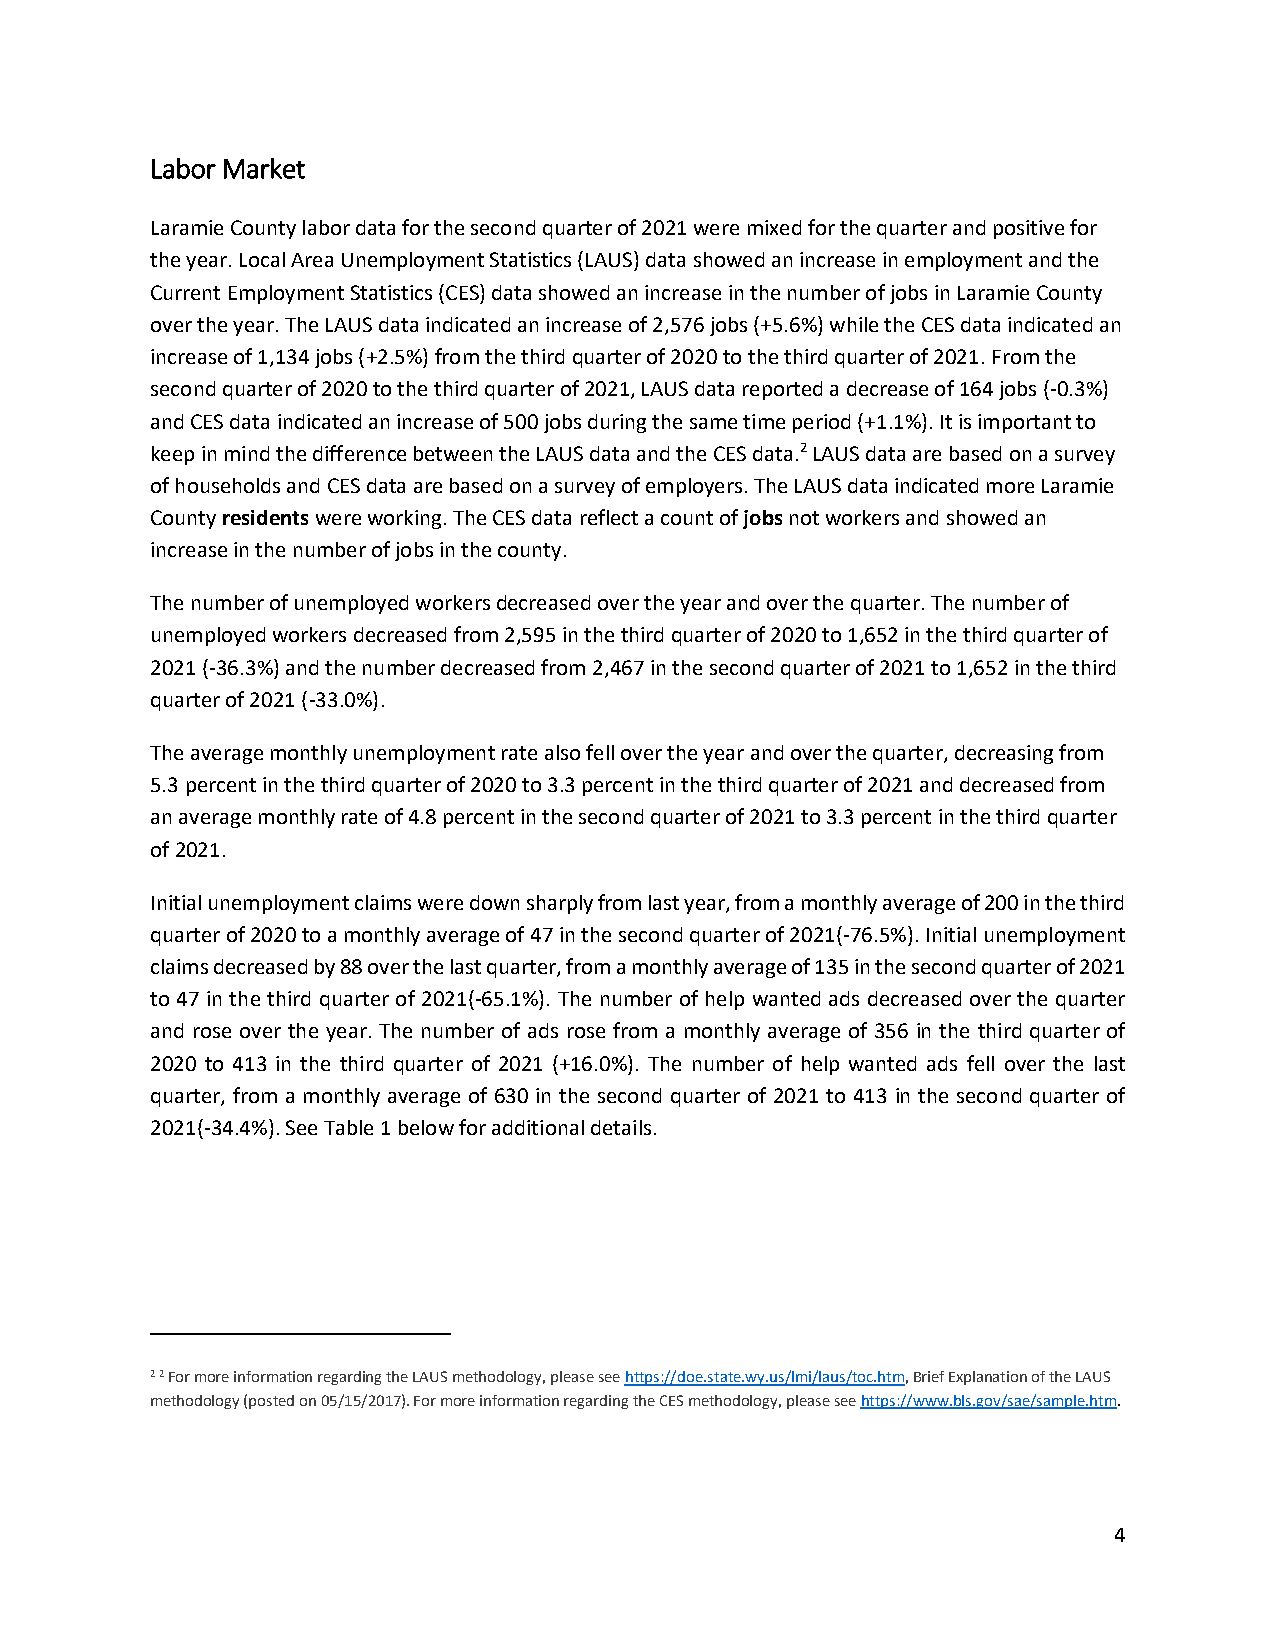
Labor Market
 Laramie County labor data for the second quarter of 2021 were mixed for the quarter and positive for
 the year. Local Area Unemployment Statistics (LAUS) data showed an increase in employment and the
 Current Employment Statistics (CES) data showed an increase in the number of jobs in Laramie County
 over the year. The LAUS data indicated an increase of 2,576 jobs (+5.6%) while the CES data indicated an
 increase of 1,134 jobs (+2.5%) from the third quarter of 2020 to the third quarter of 2021. From the
 second quarter of 2020 to the third quarter of 2021, LAUS data reported a decrease of 164 jobs (-0.3%)
 and CES data indicated an increase of 500 jobs during the same time period (+1.1%). It is important to
 keep in mind the difference between the LAUS data and the CES data.2 LAUS data are based on a survey
 of households and CES data are based on a survey of employers. The LAUS data indicated more Laramie
 County residents were working. The CES data reflect a count of jobs not workers and showed an
 increase in the number of jobs in the county.
 The number of unemployed workers decreased over the year and over the quarter. The number of
 unemployed workers decreased from 2,595 in the third quarter of 2020 to 1,652 in the third quarter of
 2021 (-36.3%) and the number decreased from 2,467 in the second quarter of 2021 to 1,652 in the third
 quarter of 2021 (-33.0%).
 The average monthly unemployment rate also fell over the year and over the quarter, decreasing from
 5.3 percent in the third quarter of 2020 to 3.3 percent in the third quarter of 2021 and decreased from
 an average monthly rate of 4.8 percent in the second quarter of 2021 to 3.3 percent in the third quarter
 of 2021.
 Initial unemployment claims were down sharply from last year, from a monthly average of 200 in the third
 quarter of 2020 to a monthly average of 47 in the second quarter of 2021(-76.5%). Initial unemployment
 claims decreased by 88 over the last quarter, from a monthly average of 135 in the second quarter of 2021
 to 47 in the third quarter of 2021(-65.1%). The number of help wanted ads decreased over the quarter
 and rose over the year. The number of ads rose from a monthly average of 356 in the third quarter of
 2020 to 413 in the third quarter of 2021 (+16.0%). The number of help wanted ads fell over the last
 quarter, from a monthly average of 630 in the second quarter of 2021 to 413 in the second quarter of
 2021(-34.4%). See Table 1 below for additional details.
 2 2 For more information regarding the LAUS methodology, please see https://doe.state.wy.us/lmi/laus/toc.htm, Brief Explanation of the LAUS
 methodology (posted on 05/15/2017). For more information regarding the CES methodology, please see https://www.bls.gov/sae/sample.htm.
 4